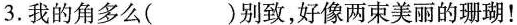
3.我的角多么( )别致，好像两束美丽的珊瑚！